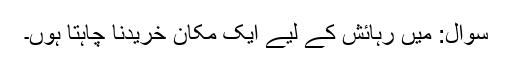
سوال: میں رہائش کے لیے ایک مکان خریدنا چاہتا ہوں۔